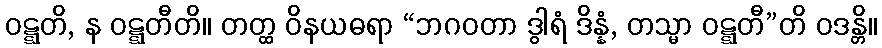
ဝဋ္ဋတိ, န ဝဋ္ဋတီတိ။ တတ္ထ ဝိနယဓရာ “ဘဂဝတာ ဒွါရံ ဒိန္နံ, တသ္မာ ဝဋ္ဋတီ”တိ ဝဒန္တိ။